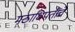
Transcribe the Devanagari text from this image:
मठाधिपतींचे